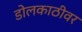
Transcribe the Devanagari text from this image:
डोलकाठीवर